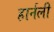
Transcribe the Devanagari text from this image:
हार्नली